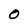
Character: 0